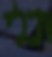
וכלי